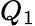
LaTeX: Q_{1}